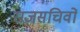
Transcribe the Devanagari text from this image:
राजसचिवों